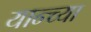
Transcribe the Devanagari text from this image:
यान्च्या